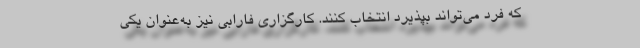
که فرد می‌تواند بپذیرد انتخاب کنند. کارگزاری فارابی نیز به‌عنوان یکی